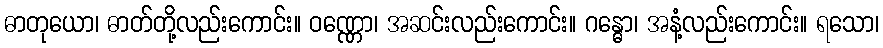
ဓာတုယော၊ ဓာတ်တို့လည်းကောင်း။ ဝဏ္ဏော၊ အဆင်းလည်းကောင်း။ ဂန္ဓော၊ အနံ့လည်းကောင်း။ ရသော၊